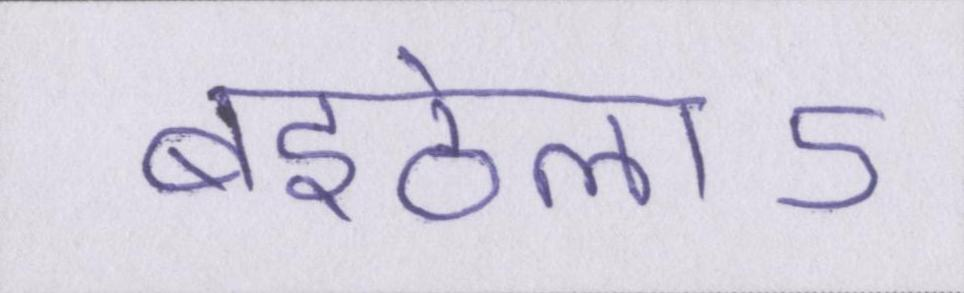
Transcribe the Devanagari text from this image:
बइठेलाऽ